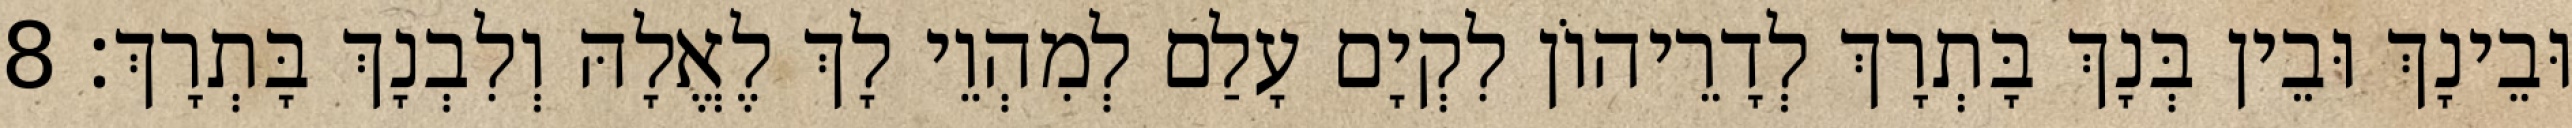
וּבֵינָךְ וּבֵין בְּנָךְ בָּתְרָךְ לְדָרֵיהוֹן לִקְיָם עָלַם לְמִהְוֵי לָךְ לֶאֱלָהּ וְלִבְנָךְ בָּתְרָךְ׃ 8